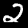
Digit: 2